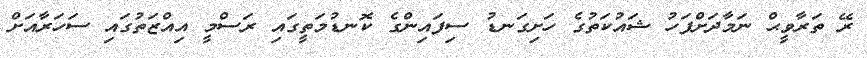
ރޭ ތަރާވީޙް ނަމާދަށްފަހު ޝައުކަތުގެ ހަށިގަނޑު ސިފައިންގެ ކޮނޑުމަތީގައި ރަސްމީ އިއްޒަތުގައި ސަހަރާއަށް